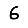
Digit: 6